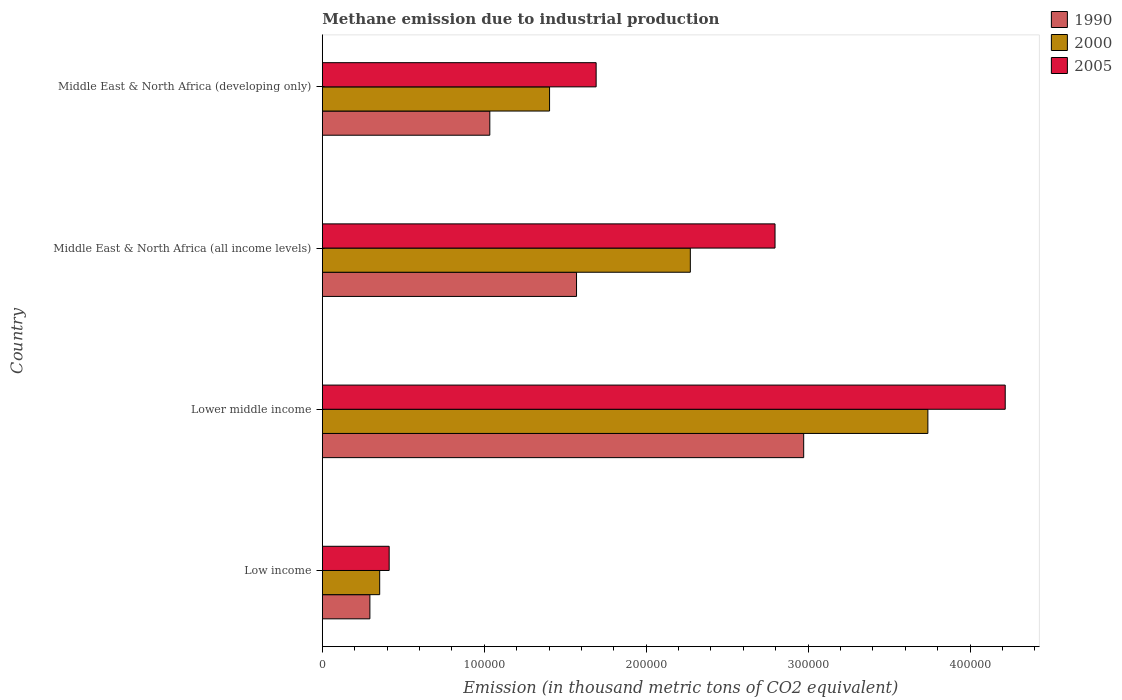
| Country | 1990 | 2000 | 2005 |
 | --- | --- | --- | --- |
 | Low income | 2.94e+04 | 3.54e+04 | 4.13e+04 |
 | Lower middle income | 2.97e+05 | 3.74e+05 | 4.22e+05 |
 | Middle East & North Africa (all income levels) | 1.57e+05 | 2.27e+05 | 2.8e+05 |
 | Middle East & North Africa (developing only) | 1.03e+05 | 1.4e+05 | 1.69e+05 |